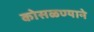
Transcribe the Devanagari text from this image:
कोसळण्याने